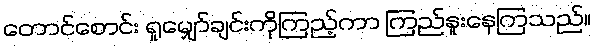
တောင်စောင်း ရှုမျှော်ချင်းကိုကြည့်ကာ ကြည်နူးနေကြသည်။